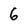
Character: 6